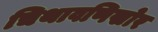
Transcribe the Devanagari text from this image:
चिथावणिखोर